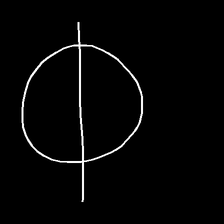
Glyph: orb